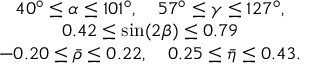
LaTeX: \begin{array} { c } { { 4 0 ^ { \circ } \leq \alpha \leq 1 0 1 ^ { \circ } , \quad 5 7 ^ { \circ } \leq \gamma \leq 1 2 7 ^ { \circ } , } } \\ { { 0 . 4 2 \leq \sin \! \left( 2 \beta \right) \leq 0 . 7 9 } } \\ { { - 0 . 2 0 \leq \bar { \rho } \leq 0 . 2 2 , \quad 0 . 2 5 \leq \bar { \eta } \leq 0 . 4 3 . } } \end{array}